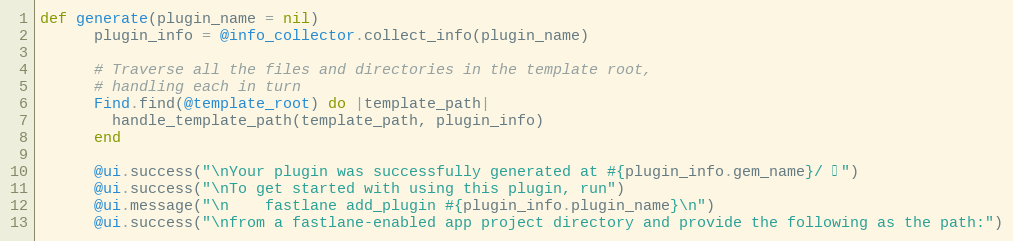
Language: Ruby
def generate(plugin_name = nil)
      plugin_info = @info_collector.collect_info(plugin_name)

      # Traverse all the files and directories in the template root,
      # handling each in turn
      Find.find(@template_root) do |template_path|
        handle_template_path(template_path, plugin_info)
      end

      @ui.success("\nYour plugin was successfully generated at #{plugin_info.gem_name}/ 🚀")
      @ui.success("\nTo get started with using this plugin, run")
      @ui.message("\n    fastlane add_plugin #{plugin_info.plugin_name}\n")
      @ui.success("\nfrom a fastlane-enabled app project directory and provide the following as the path:")